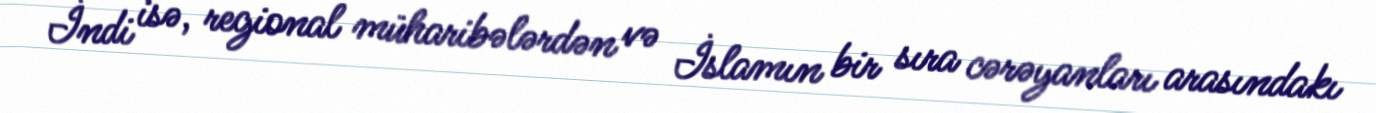
İndi isə, regional müharibələrdən və İslamın bir sıra cərəyanları arasındakı